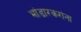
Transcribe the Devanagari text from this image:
भांडारकरांना